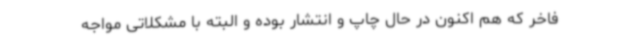
فاخر که هم اکنون در حال چاپ و انتشار بوده و البته با مشکلاتی مواجه